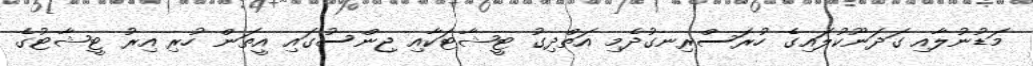
މަޑުނުލާއި ގަދަނޫކުލައިގެ ހުރަސްރިނގުދެމި އަތްދިގު ޓީޝާޓަކާއި ޖިންސުގައި އީތަން ހުރި އިރު ޓީޝާޓުގެ